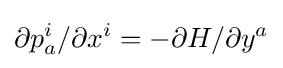
\partial p_{a}^{i}/\partial x^{i}=-\partial H/\partial y^{a}